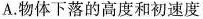
A.物体下落的高度和初速度